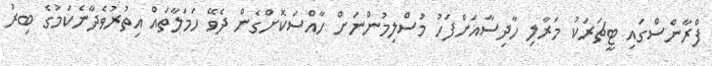
ފްރާންސްގައި ޓީޗަރަކު މަރާލި ހާދިސާއަށްފަހު މުސްލިމުންނަށް ހާއްސަކޮށްގެން ދެވޭ ހަމަލާތައް އިތުރުވެދާނެކަމުގެ ބިރު